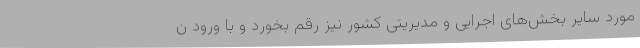
مورد سایر بخش‌های اجرایی و مدیریتی کشور نیز رقم بخورد و با ورود ن